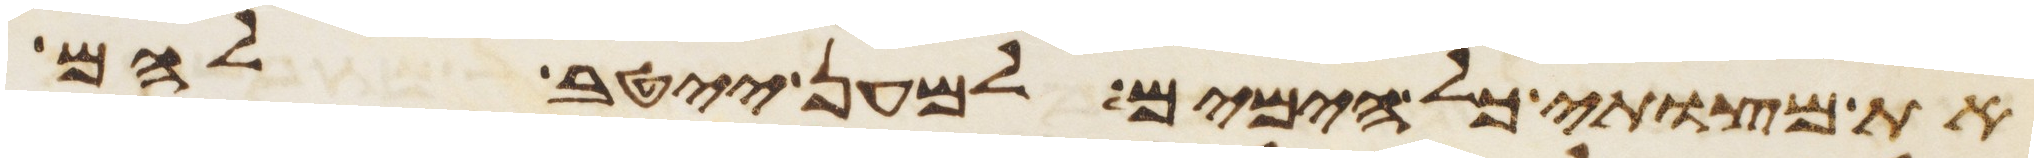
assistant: את מצותי כל הימים למען ייטב להם